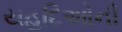
યહૂદિઓની